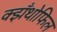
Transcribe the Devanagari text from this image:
क्झँथोफिल